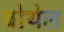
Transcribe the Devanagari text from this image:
बोथेल